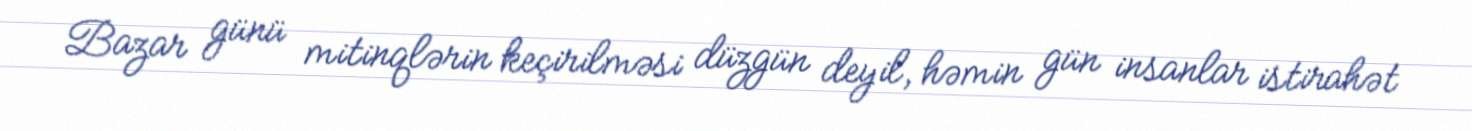
Bazar günü mitinqlərin keçirilməsi düzgün deyil, həmin gün insanlar istirahət